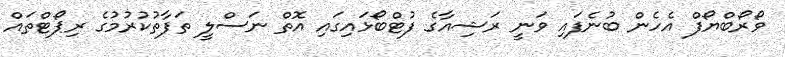
ވޯރޯބްޔޯފް އެހެން ބުނެފައި ވަނީ ރަޝިއާގެ ފުޓްބޯޅައިގައި އޮތް ނަސްލީ ތަފާތުކުރުމުގެ ރިޕޯޓްތައް